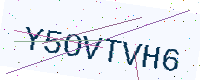
Text: Y5OVTVH6